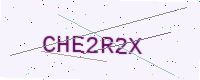
Text: CHE2R2X